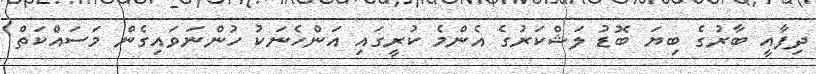
ދިފާއީ ބާރުގެ ބިޔަ ބޮޑު ލަޝްކަރުގެ އެންމެ ކުރީގައި އަންހެނަކު ހުންނަވައިގެން މަސައްކަތް